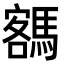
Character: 𩤩